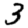
Digit: 3